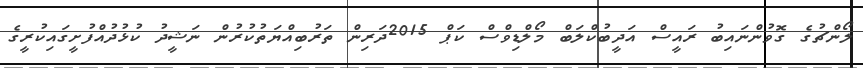
ލޯންޗުގެ ގޮވުންނައިބު ރައީސް އަދީބުކްލަބް މޯލްޑިވްސް ކަޕް 2015ދަރިން ތަރުބިއްޔަތުކުރުން ނަޝީދު ކުޅުދުއްފުށީގައިކުރީގެ